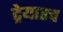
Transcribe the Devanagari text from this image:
ट्रेयारच